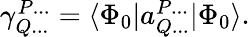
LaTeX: \begin{array}{r}{\gamma_{Q...}^{P...}=\langle{\Phi_{0}}|a_{Q...}^{P...}|{\Phi_{0}}\rangle.}\end{array}